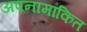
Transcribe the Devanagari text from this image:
अपनामांकित